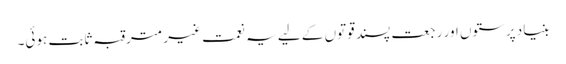
بنیاد پرستوں اور رجعت پسند قوتوں کے لیے یہ نعمت غیر مترقبہ ثابت ہوئی۔